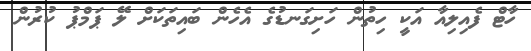
ހާޓް ފެއިލިއާ އަކީ ހިތުން ހަށިގަނޑުގެ އެހެން ބައިތަކަށް ލޭ ޕަމްޕު ކުރުން